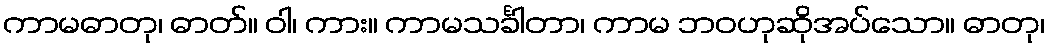
ကာမဓာတု၊ ဓာတ်။ ဝါ၊ ကား။ ကာမသင်္ခါတာ၊ ကာမ ဘဝဟုဆိုအပ်သော။ ဓာတု၊